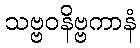
သဗ္ဗဝနိဗ္ဗကာနံ